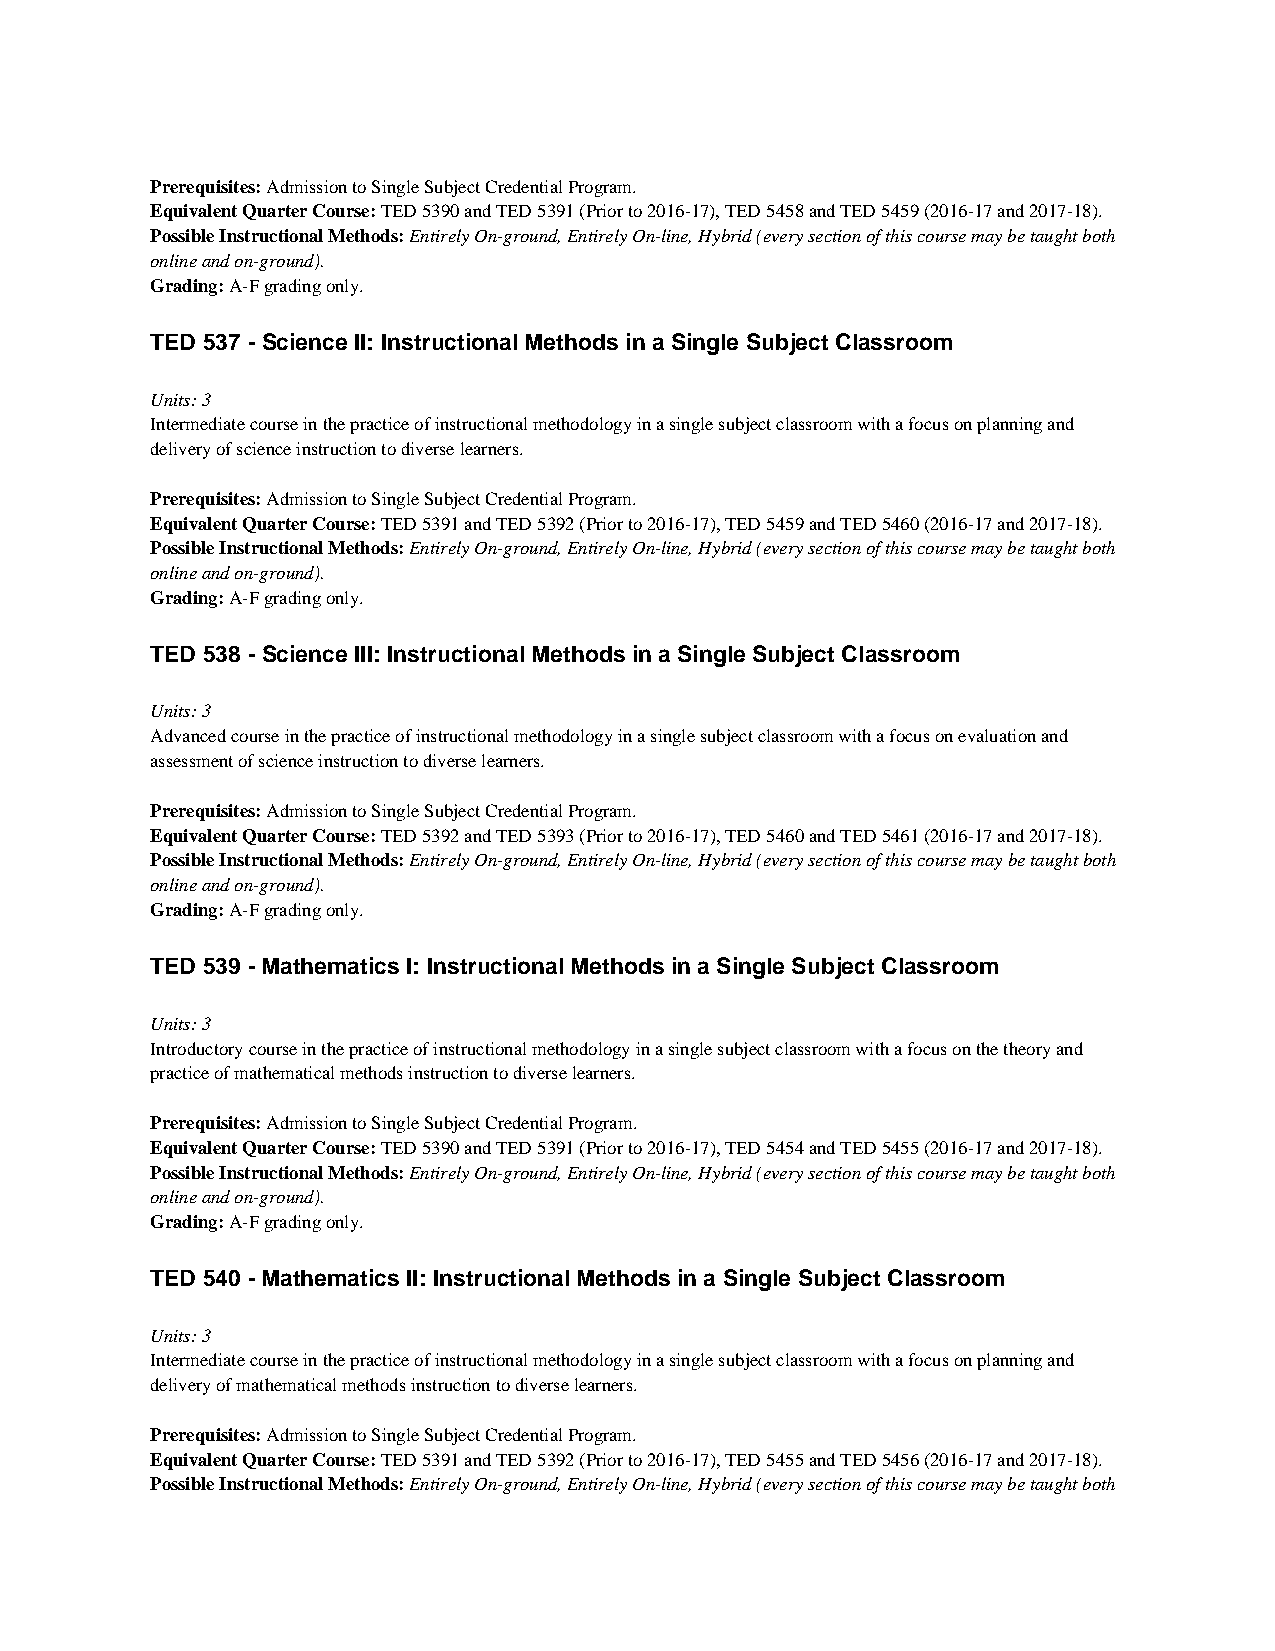
Prerequisites: Admission to Single Subject Credential Program.
 Equivalent Quarter Course: TED 5390 and TED 5391 (Prior to 2016-17), TED 5458 and TED 5459 (2016-17 and 2017-18).
 Possible Instructional Methods: Entirely On-ground, Entirely On-line, Hybrid (every section of this course may be taught both
 online and on-ground).
 Grading: A-F grading only.
 TED 537 - Science II: Instructional Methods in a Single Subject Classroom
 Units: 3
 Intermediate course in the practice of instructional methodology in a single subject classroom with a focus on planning and
 delivery of science instruction to diverse learners.
 Prerequisites: Admission to Single Subject Credential Program.
 Equivalent Quarter Course: TED 5391 and TED 5392 (Prior to 2016-17), TED 5459 and TED 5460 (2016-17 and 2017-18).
 Possible Instructional Methods: Entirely On-ground, Entirely On-line, Hybrid (every section of this course may be taught both
 online and on-ground).
 Grading: A-F grading only.
 TED 538 - Science III: Instructional Methods in a Single Subject Classroom
 Units: 3
 Advanced course in the practice of instructional methodology in a single subject classroom with a focus on evaluation and
 assessment of science instruction to diverse learners.
 Prerequisites: Admission to Single Subject Credential Program.
 Equivalent Quarter Course: TED 5392 and TED 5393 (Prior to 2016-17), TED 5460 and TED 5461 (2016-17 and 2017-18).
 Possible Instructional Methods: Entirely On-ground, Entirely On-line, Hybrid (every section of this course may be taught both
 online and on-ground).
 Grading: A-F grading only.
 TED 539 - Mathematics I: Instructional Methods in a Single Subject Classroom
 Units: 3
 Introductory course in the practice of instructional methodology in a single subject classroom with a focus on the theory and
 practice of mathematical methods instruction to diverse learners.
 Prerequisites: Admission to Single Subject Credential Program.
 Equivalent Quarter Course: TED 5390 and TED 5391 (Prior to 2016-17), TED 5454 and TED 5455 (2016-17 and 2017-18).
 Possible Instructional Methods: Entirely On-ground, Entirely On-line, Hybrid (every section of this course may be taught both
 online and on-ground).
 Grading: A-F grading only.
 TED 540 - Mathematics II: Instructional Methods in a Single Subject Classroom
 Units: 3
 Intermediate course in the practice of instructional methodology in a single subject classroom with a focus on planning and
 delivery of mathematical methods instruction to diverse learners.
 Prerequisites: Admission to Single Subject Credential Program.
 Equivalent Quarter Course: TED 5391 and TED 5392 (Prior to 2016-17), TED 5455 and TED 5456 (2016-17 and 2017-18).
 Possible Instructional Methods: Entirely On-ground, Entirely On-line, Hybrid (every section of this course may be taught both